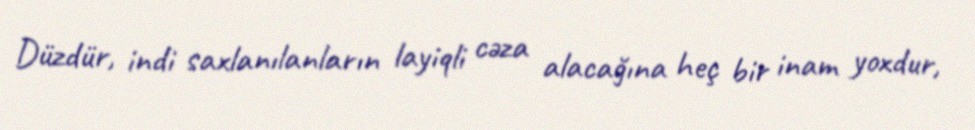
Düzdür, indi saxlanılanların layiqli cəza alacağına heç bir inam yoxdur,